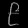
Digit: ၉